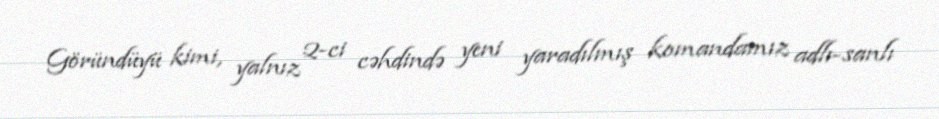
Göründüyü kimi, yalnız 2-ci cəhdində yeni yaradılmış komandamız adlı-sanlı